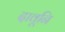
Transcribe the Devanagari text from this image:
दावूनि